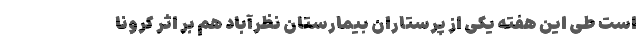
است طی این هفته یکی از پرستاران بیمارستان نظرآباد هم بر اثر کرونا